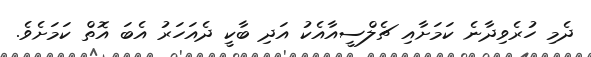
ދެމި ހުރެވިދާނެ ކަމަށާއި ޗެލްސީއާއެކު އަދި ބާކީ ދެއަހަރު އެބަ އޮތް ކަމަށެވެ.